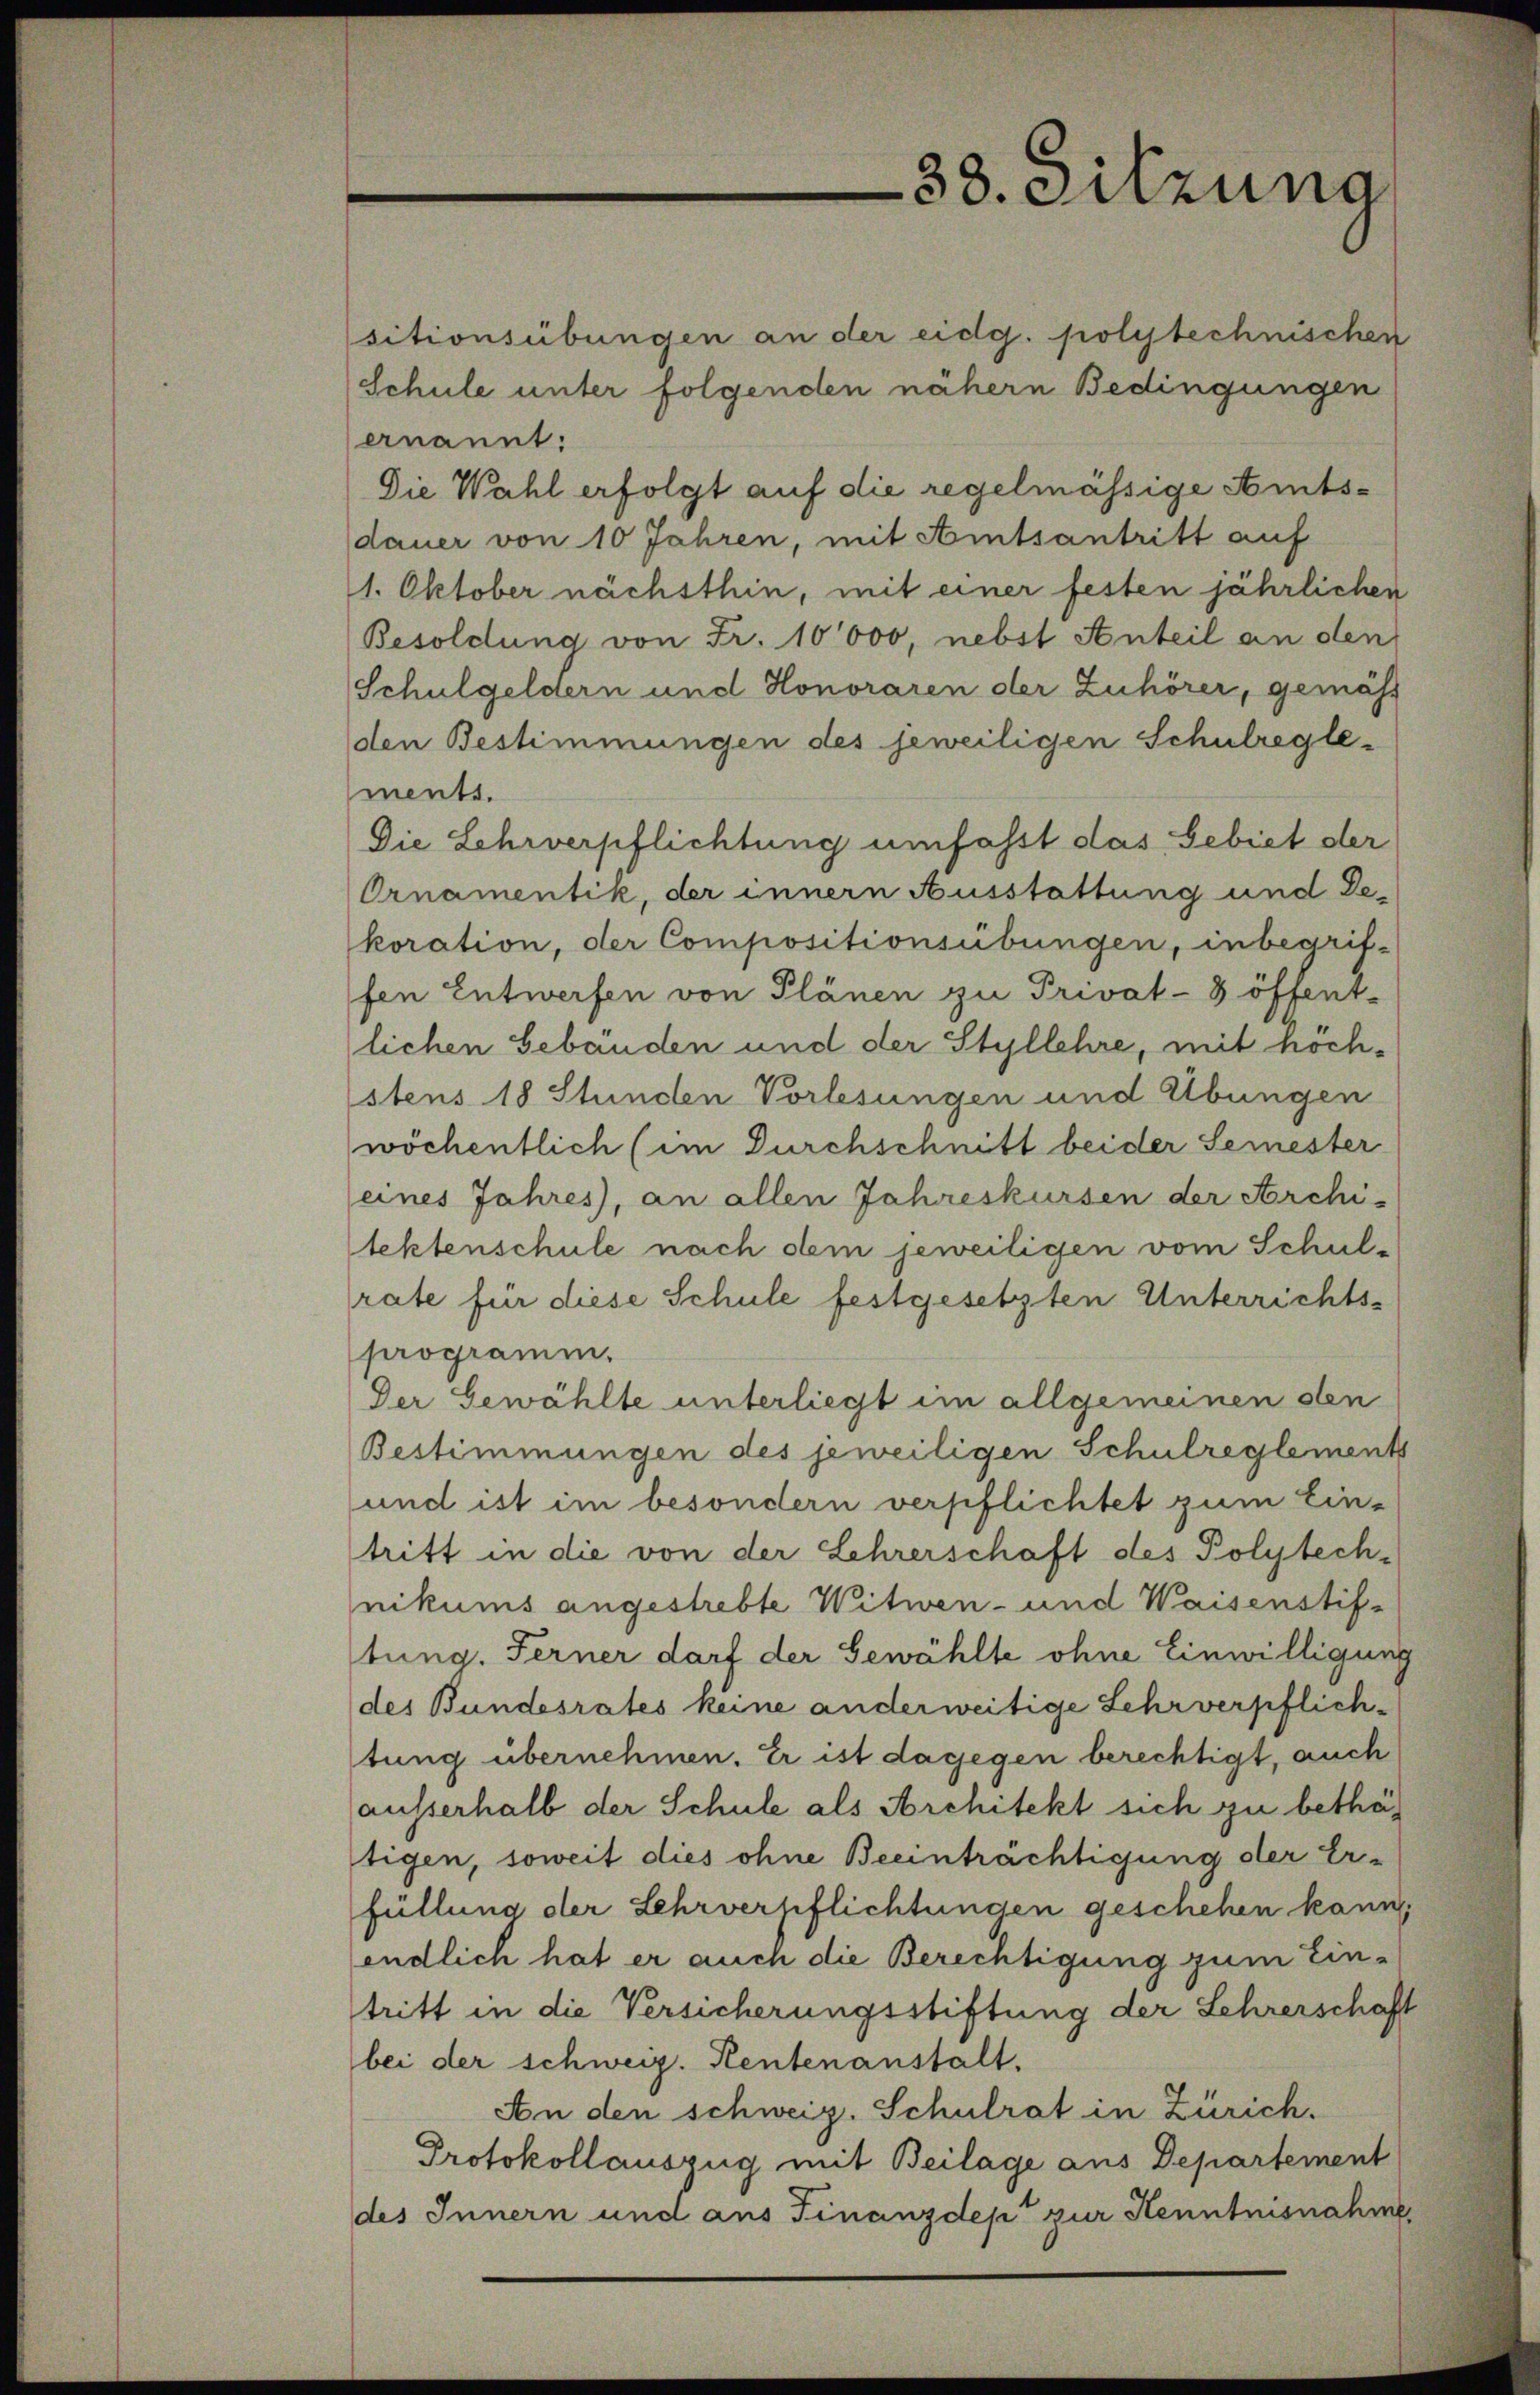
sitionsübungen an der eidg. polytechnischen
Schule unter folgenden nähern Bedingungen
anannt:
Die Wahl erfolgt auf die regelmässige Amtsdauer von 10 Jahren, mit Amtsantritt auf
1. Oktober nächsthin, mit einer festen jährlichen
Besoldung von Fr. 10000, nebst Anteil an den
Schulgeldern und Honoraren der Zuhörer, gemäss
den Bestimmungen des jeweiligen Schulreglements.
Die Lehrverpflichtung umfasst das Gebiet der
Ornamentik, der innern Ausstattung und Dekoration, der Compositionsübungen, inbegriffen Entwerfen von Plänen zu Privat-3 öffent-
lichen Gebäuden und der Styllehre, mit hochstens 18 Stunden Vorlesungen und Übungen
wöchentlich (im Durchschnitt beider Semester
eines Jahres, an allen Jahreskursen der Archi-
lektenschule nach dem jeweiligen vom Schulrate für diese Schule festgesetzten Unterrichts-
programm.
Der Gewählte unterliegt im allgemeinen den
Bestimmungen des jeweiligen Schulreglements
und ist im besondern verpflichtet zum Ein-
tritt in die von der Lehrerschaft des Polytechnikums angestrebte Witwen- und Waisenstif-
tung. Ferner darf der Gewählte ohne Einwilligung
des Bundesrates keine anderweitige Lehrverpflich
tung übernehmen. Er ist dagegen berechtigt, auch
ausserhalb der Schule als Architekt sich zu bethätigen, soweit dies ohne Beeinträchtigung der Erfüllung der Lehrverpflichtungen geschehen kann,
endlich hat er auch die Berechtigung zum Eintritt in die Versicherungsstiftung der Lehrerschaft
bei der schweiz. Rentenanstalt.
An den schweiz. Schulrat in Zürich.
Protokollauszug mit Beilage aus Departement
des Innern und aus Finanzdep zur Kenntnisnahme

38. Sitzung